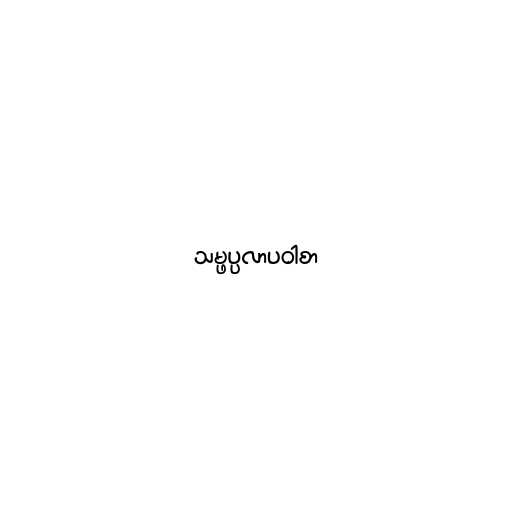
သမ္ဖပ္ပလာပဝါစာ